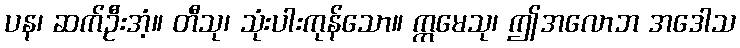
ပန၊ ဆက်ဦးအံ့။ တီသု၊ သုံးပါးကုန်သော။ ဣမေသု၊ ဤအလောဘ အဒေါသ